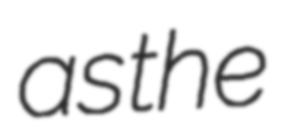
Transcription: as the